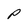
Character: P